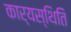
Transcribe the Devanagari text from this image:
कार्यस्थिति